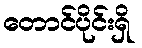
တောင်ပိုင်းရှိ